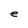
Character: e